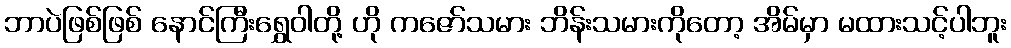
ဘာပဲဖြစ်ဖြစ် နောင်ကြီးရွှေဝါတို့ ဟို ကဇော်သမား ဘိန်းသမားကိုတော့ အိမ်မှာ မထားသင့်ပါဘူး